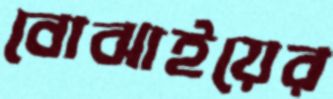
বোঝাইয়ের